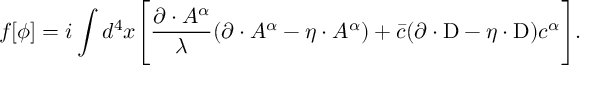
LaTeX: f [ \phi ] = i \int d ^ { 4 } x \Biggl [ { \frac { \partial \cdot A ^ { \alpha } } { \lambda } } ( \partial \cdot A ^ { \alpha } - \eta \cdot A ^ { \alpha } ) + { \bar { c } } ( \partial \cdot \mathrm { D } - \eta \cdot \mathrm { D } ) c ^ { \alpha } \Biggr ] .